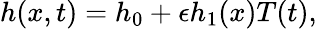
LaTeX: h(x,t)=h_{0}+\epsilon h_{1}(x)T(t),